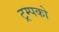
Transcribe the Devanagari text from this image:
ट्रम्पको